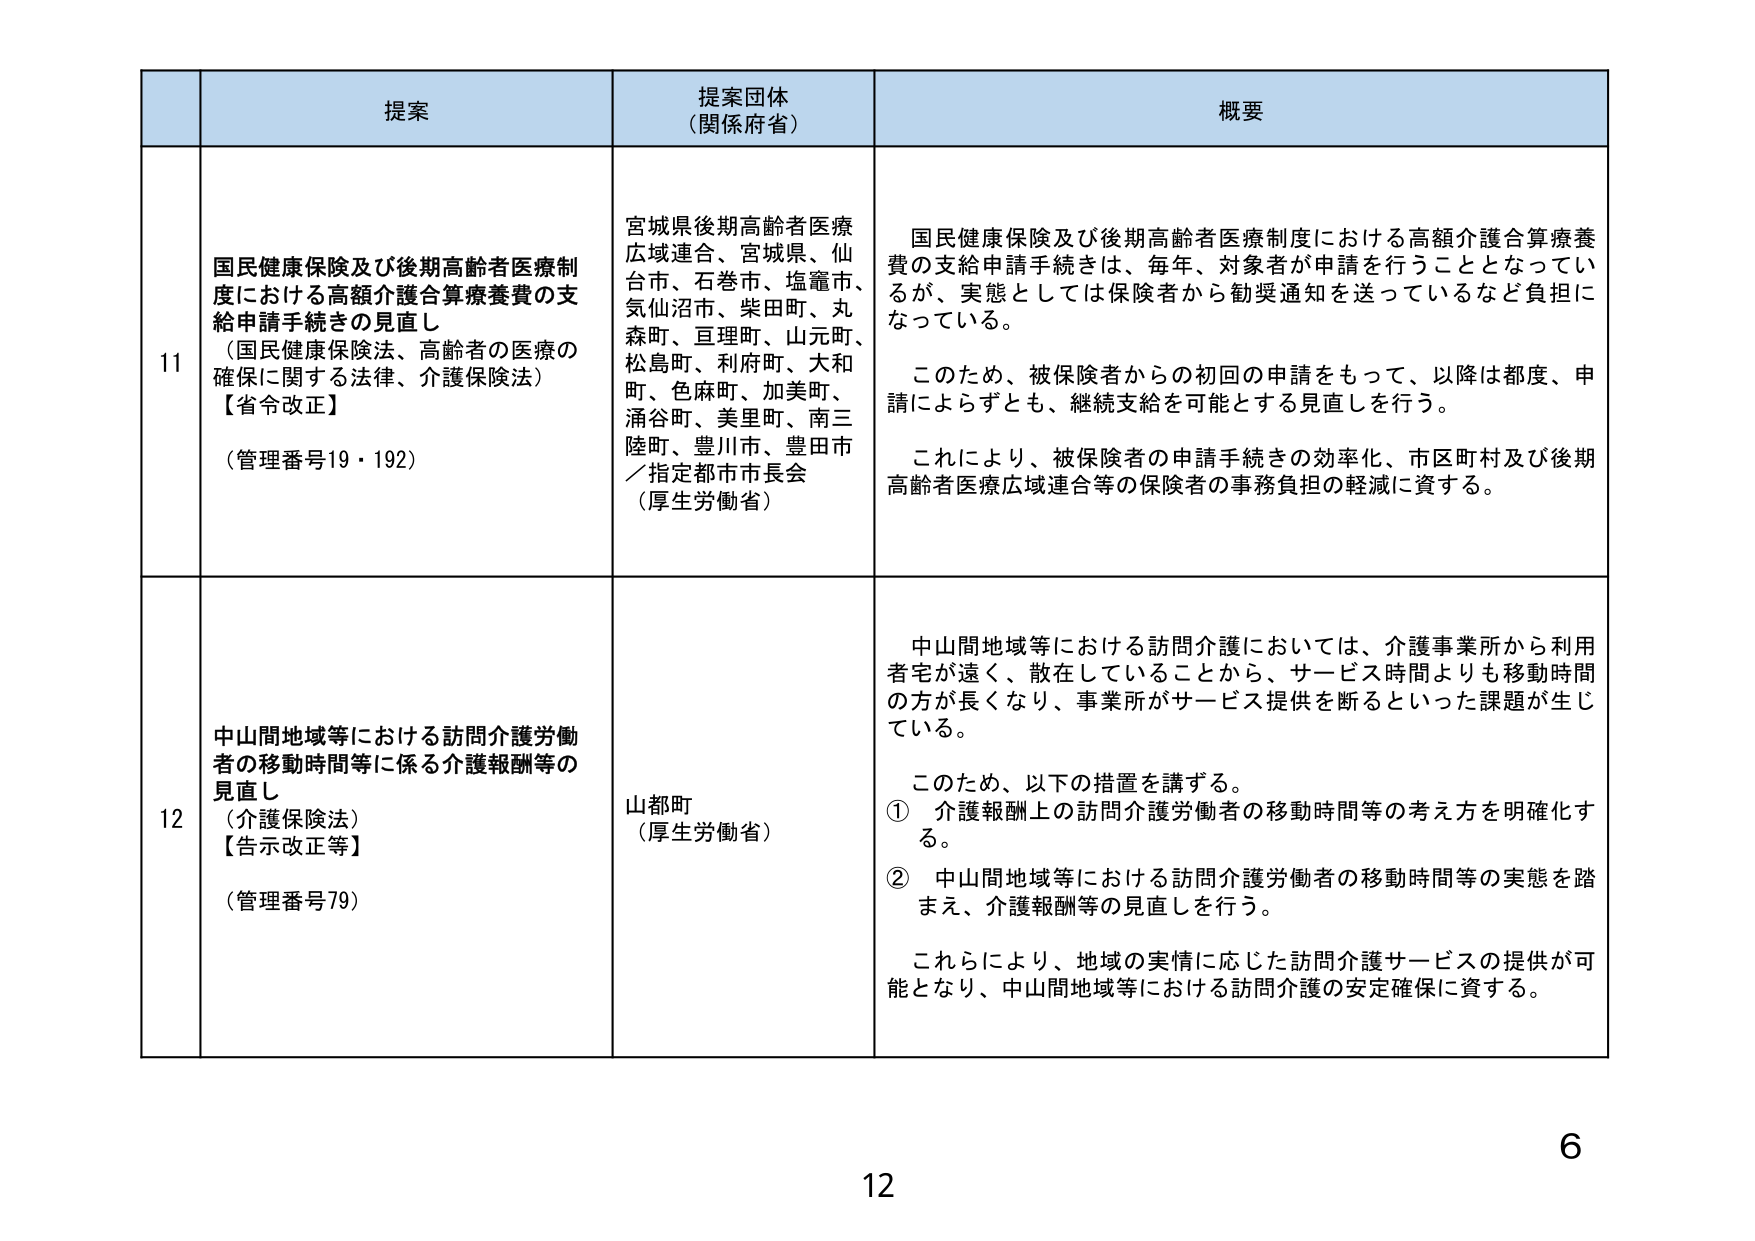
11
提案
国民健康保険及び後期高齢者医療制度における高額介護合算療養費の支給申請手続きの見直し
（国民健康保険法、高齢者の医療の確保に関する法律、介護保険法）
【省令改正】
（管理番号19・192）

提案団体（関係府省）
宮城県後期高齢者医療広域連合、宮城県、仙台市、石巻市、塩竈市、気仙沼市、柴田町、丸森町、亘理町、山元町、松島町、利府町、大和町、色麻町、加美町、涌谷町、美里町、南三陸町、豊川市、豊田市／指定都市市長会
（厚生労働省）

概要
国民健康保険及び後期高齢者医療制度における高額介護合算療養費の支給申請手続きは、毎年、対象者が申請を行うこととなっているが、実態としては保険者から勧奨通知を送っているなど負担になっている。
このため、被保険者からの初回の申請をもって、以降は都度、申請によらずとも、継続支給を可能とする見直しを行う。
これにより、被保険者の申請手続きの効率化、市区町村及び後期高齢者医療広域連合等の保険者の事務負担の軽減に資する。

12
提案
中山間地域等における訪問介護労働者の移動時間等に係る介護報酬等の見直し
（介護保険法）
【告示改正等】
（管理番号79）

提案団体（関係府省）
山都町
（厚生労働省）

概要
中山間地域等における訪問介護においては、介護事業所から利用者宅が遠く、散在していることから、サービス時間よりも移動時間の方が長くなり、事業所がサービス提供を断るといった課題が生じている。
このため、以下の措置を講ずる。
① 介護報酬上の訪問介護労働者の移動時間等の考え方を明確化する。
② 中山間地域等における訪問介護労働者の移動時間等の実態を踏まえ、介護報酬等の見直しを行う。
これらにより、地域の実情に応じた訪問介護サービスの提供が可能となり、中山間地域等における訪問介護の安定確保に資する。

12
6